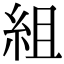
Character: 組